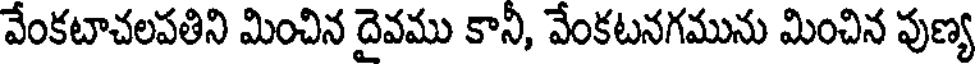
వేంకటాచలపతిని మించిన దైవము కానీ, వేంకటనగమును మించిన పుణ్య